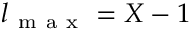
l _ { \mathrm { ~ m ~ a ~ x ~ } } = X - 1